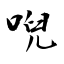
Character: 唲